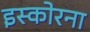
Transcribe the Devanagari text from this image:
इस्कोरना